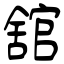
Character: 舘